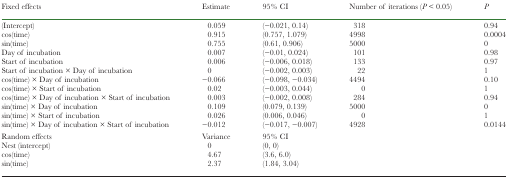
<table><thead><tr><td><b>Fixed effects</b></td><td><b>Estimate</b></td><td><b>95% CI</b></td><td><b>Number of iterations (<i>P</i> &lt; 0.05)</b></td><td><b><i>P</i></b></td></tr></thead><tbody><tr><td>(Intercept)</td><td>0.059</td><td>(−0.021, 0.14)</td><td>318</td><td>0.94</td></tr><tr><td>cos(time)</td><td>0.915</td><td>(0.757, 1.079)</td><td>4998</td><td>0.0004</td></tr><tr><td>sin(time)</td><td>0.755</td><td>(0.61, 0.906)</td><td>5000</td><td>0</td></tr><tr><td>Day of incubation</td><td>0.007</td><td>(−0.01, 0.024)</td><td>101</td><td>0.98</td></tr><tr><td>Start of incubation</td><td>0.006</td><td>(−0.006, 0.018)</td><td>133</td><td>0.97</td></tr><tr><td>Start of incubation × Day of incubation</td><td>0</td><td>(−0.002, 0.003)</td><td>22</td><td>1</td></tr><tr><td>cos(time) × Day of incubation</td><td>−0.066</td><td>(−0.098, −0.034)</td><td>4494</td><td>0.10</td></tr><tr><td>cos(time) × Start of incubation</td><td>0.02</td><td>(−0.003, 0.044)</td><td>0</td><td>1</td></tr><tr><td>cos(time) × Day of incubation × Start of incubation</td><td>0.003</td><td>(−0.002, 0.008)</td><td>284</td><td>0.94</td></tr><tr><td>sin(time) × Day of incubation</td><td>0.109</td><td>(0.079, 0.139)</td><td>5000</td><td>0</td></tr><tr><td>sin(time) × Start of incubation</td><td>0.026</td><td>(0.006, 0.046)</td><td>0</td><td>1</td></tr><tr><td>sin(time) × Day of incubation × Start of incubation</td><td>−0.012</td><td>(−0.017, −0.007)</td><td>4928</td><td>0.0144</td></tr><tr><td>Random effects</td><td>Variance</td><td>95% CI</td><td></td><td></td></tr><tr><td>Nest (intercept)</td><td>0</td><td>(0, 0)</td><td></td><td></td></tr><tr><td>cos(time)</td><td>4.67</td><td>(3.6, 6.0)</td><td></td><td></td></tr><tr><td>sin(time)</td><td>2.37</td><td>(1.84, 3.04)</td><td></td><td></td></tr></tbody></table>